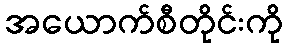
အယောက်စီတိုင်းကို